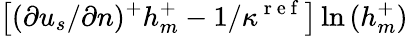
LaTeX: \left[(\partial{u_{s}}/\partial{n})^{+}h_{m}^{+}-1/\kappa^{\mathrm{~r~e~f~}}\right]\ln{(h_{m}^{+})}